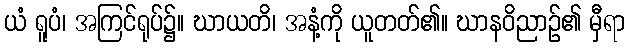
ယံ ရူပံ၊ အကြင်ရုပ်၌။ ဃာယတိ၊ အနံ့ကို ယူတတ်၏။ ဃာနဝိညာဉ်၏ မှီရာ